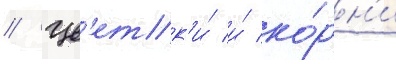
// Цв'етк'и́ и́ ко́рн'и